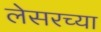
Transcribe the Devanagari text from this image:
लेसरच्या